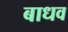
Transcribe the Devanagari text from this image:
बाधव